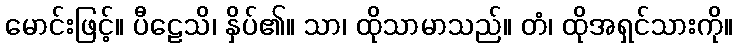
မောင်းဖြင့်။ ပီဠေသိ၊ နှိပ်၏။ သာ၊ ထိုသာမာသည်။ တံ၊ ထိုအရှင်သားကို။